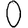
Digit: 0